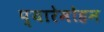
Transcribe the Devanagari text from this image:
प्यारेमोहन